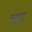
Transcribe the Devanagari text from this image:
स्त्रायु